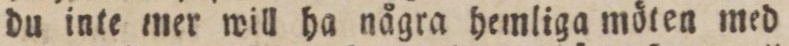
du inte iner will ha några hemliga möten med